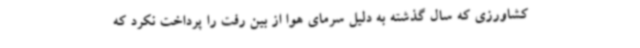
کشاورزی که سال گذشته به دلیل سرمای هوا از بین رفت را پرداخت نکرد که